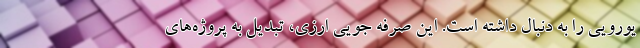
یورویی را به دنبال داشته است. این صرفه جویی ارزی، تبدیل به پروژه‌های